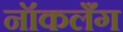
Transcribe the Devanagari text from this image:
नॉकलँग